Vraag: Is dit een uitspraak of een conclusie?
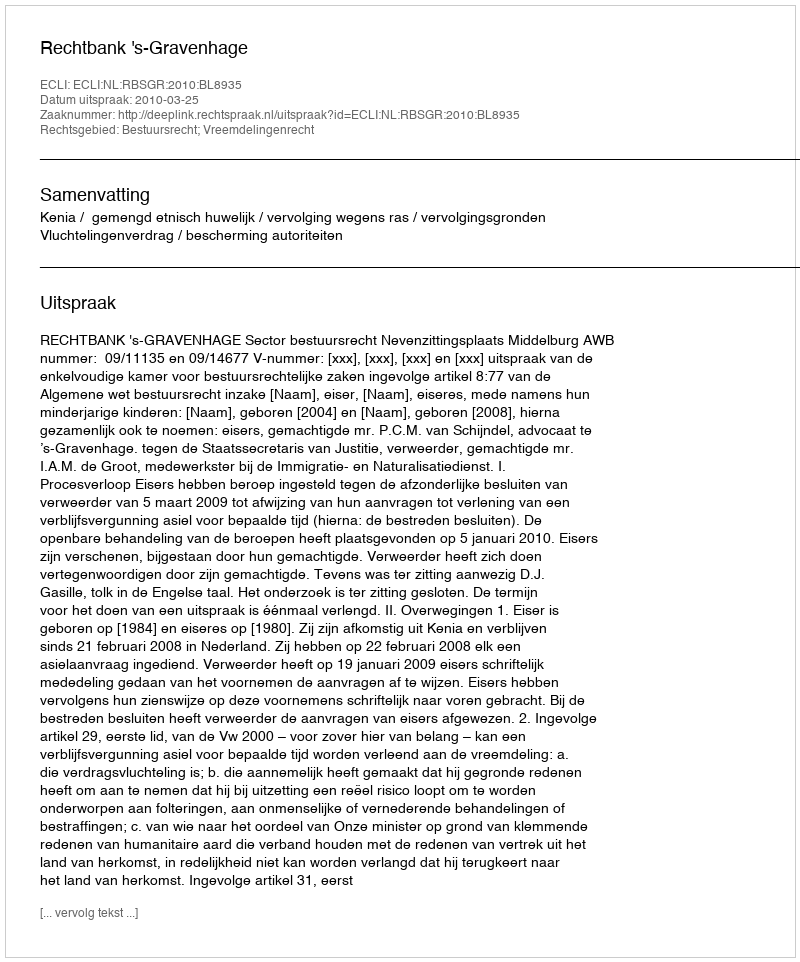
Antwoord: Uitspraak